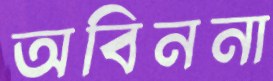
অবিননা